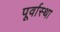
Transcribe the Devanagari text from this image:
पूर्वास्था